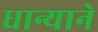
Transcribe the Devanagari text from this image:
धान्याने